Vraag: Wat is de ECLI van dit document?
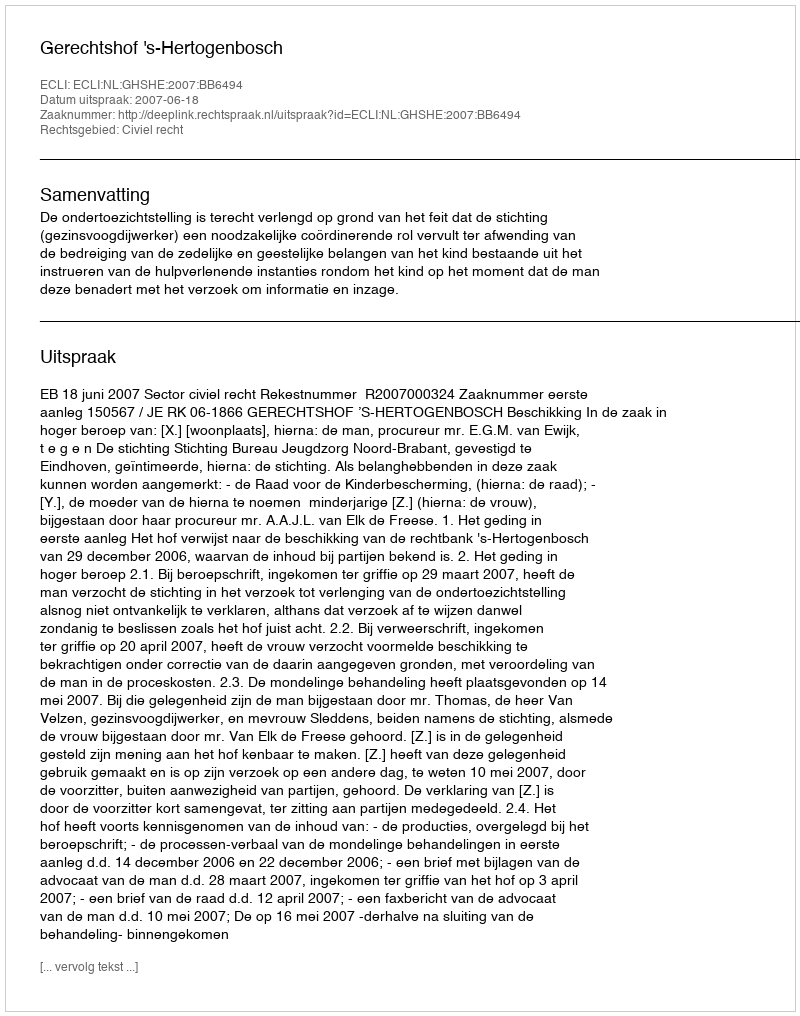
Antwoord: ECLI:NL:GHSHE:2007:BB6494